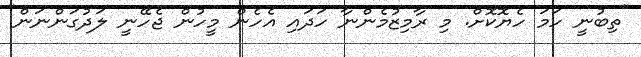
"ތިބުނީ ހަމަ ހެޔޮކޮށް. މި ރާމިޒުމެންނާ ހަދައި އެހެން މީހުން ޖެހޭނީ ލަދުގަންނަން"